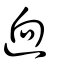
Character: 逈